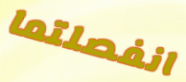
انفصلتما